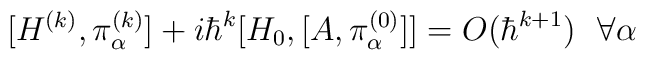
[H^{(k)}, \pi^{(k)}_\alpha ] +i \hbar^{k}  [H_0,[ A,\pi^{(0)}_\alpha ]] = O(\hbar^{k+1}) ~~ \forall \alpha